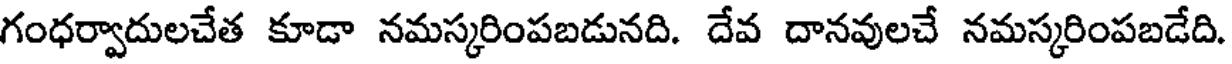
గంధర్వాదులచేత కూడా నమస్కరింపబడునది. దేవ దానవులచే నమస్కరింపబడేది.